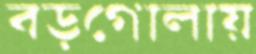
বড়গোলায়